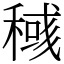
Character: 稶